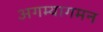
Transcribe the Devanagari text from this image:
अगम्यागमन